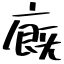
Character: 廐